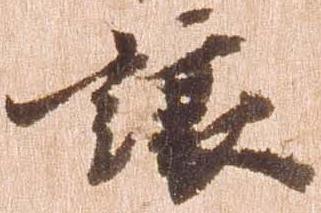
譲